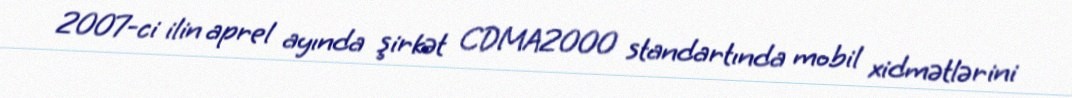
2007-ci ilin aprel ayında şirkət CDMA2000 standartında mobil xidmətlərini